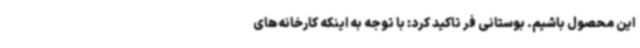
این محصول باشیم. بوستانی فر تاکید کرد: با توجه به اینکه کارخانه‌های